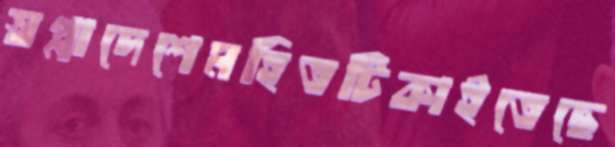
স্বপ্নাদেশেমহিতটিকাইতেছে